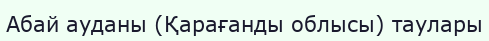
Абай ауданы (Қарағанды облысы) таулары